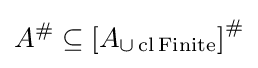
A^{\#}\subseteq \left[A_{\cup \operatorname {cl} \operatorname {Finite} }\right]^{\#}